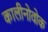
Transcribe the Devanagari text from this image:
कालीनोवोक